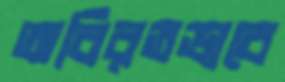
অবিরতভাবে